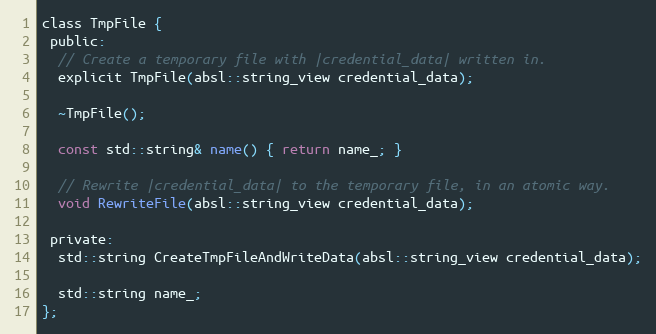
Language: C
class TmpFile {
 public:
  // Create a temporary file with |credential_data| written in.
  explicit TmpFile(absl::string_view credential_data);

  ~TmpFile();

  const std::string& name() { return name_; }

  // Rewrite |credential_data| to the temporary file, in an atomic way.
  void RewriteFile(absl::string_view credential_data);

 private:
  std::string CreateTmpFileAndWriteData(absl::string_view credential_data);

  std::string name_;
};